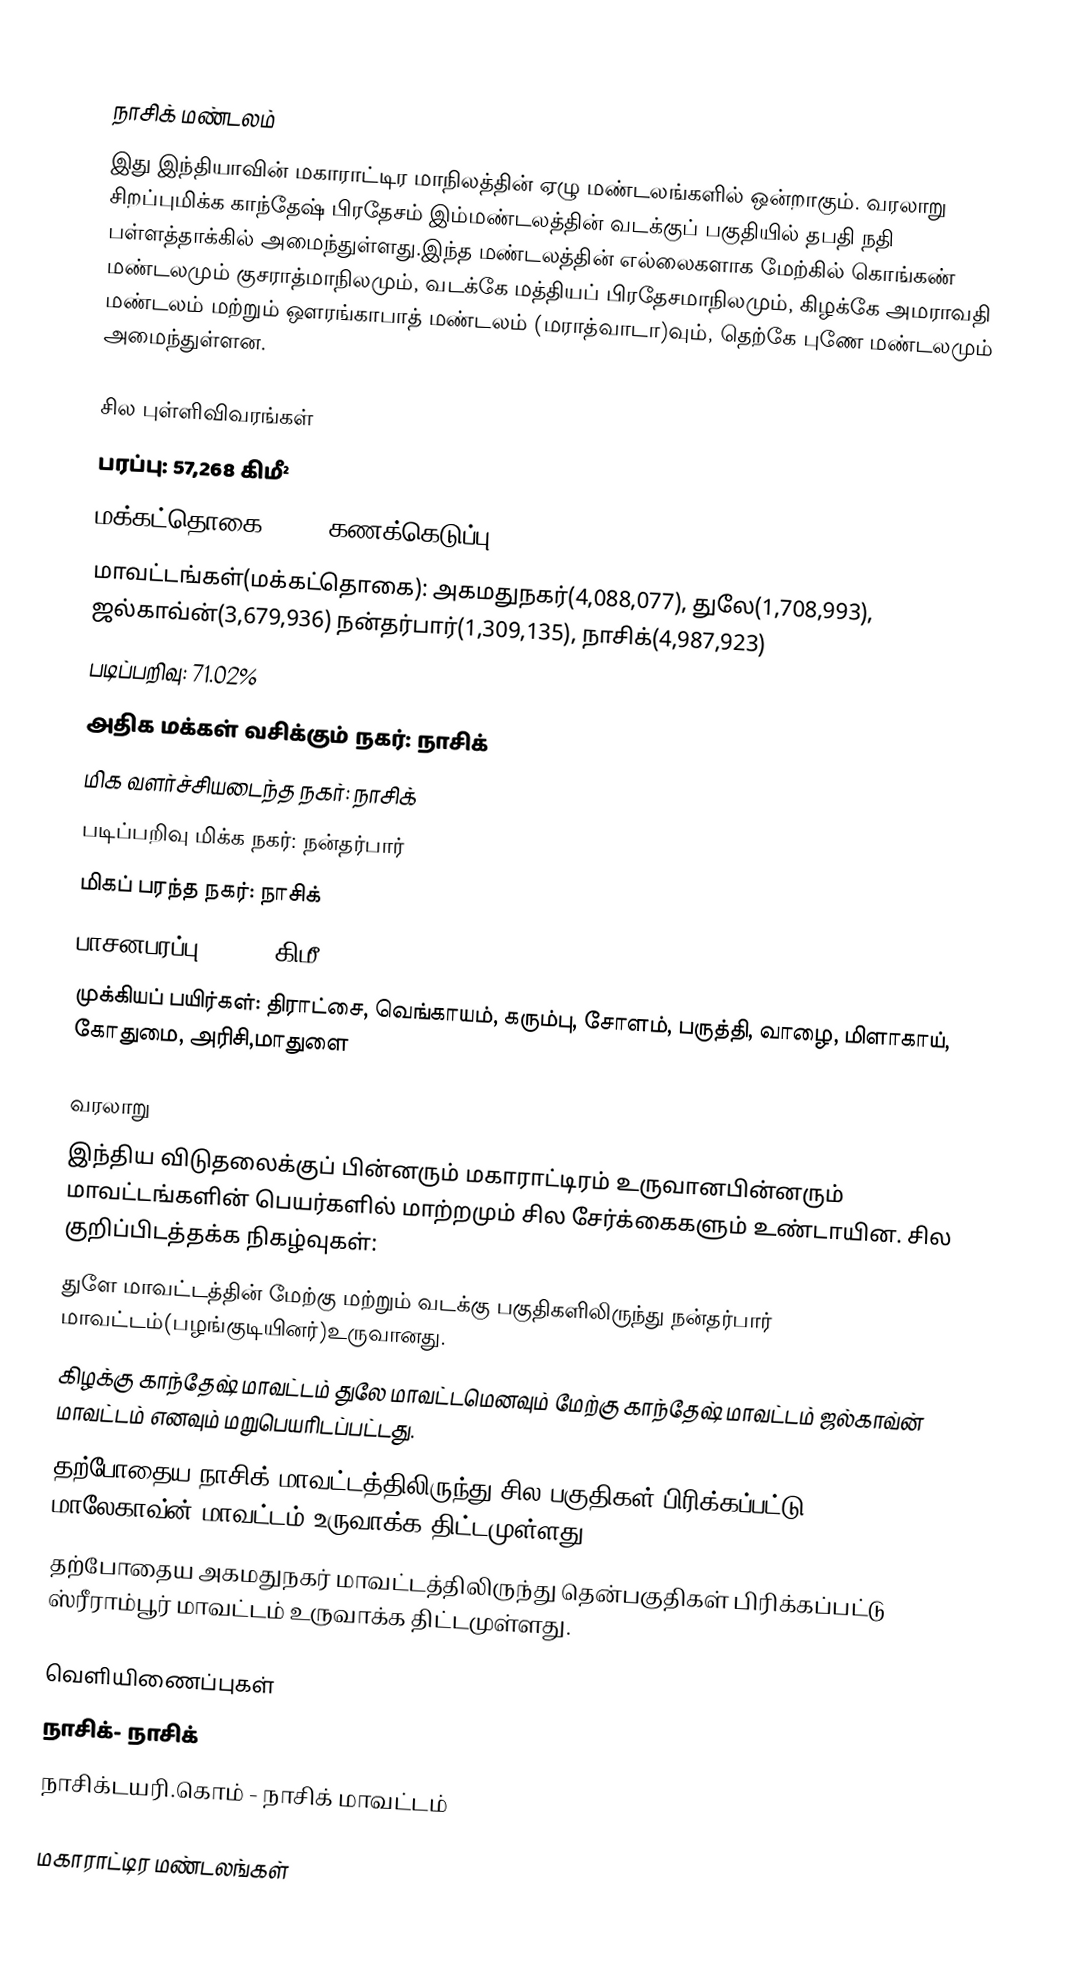

நாசிக் மண்டலம்
இது இந்தியாவின் மகாராட்டிர மாநிலத்தின் ஏழு மண்டலங்களில் ஒன்றாகும். வரலாறு சிறப்புமிக்க காந்தேஷ் பிரதேசம் இம்மண்டலத்தின் வடக்குப் பகுதியில் தபதி நதி பள்ளத்தாக்கில் அமைந்துள்ளது.இந்த மண்டலத்தின் எல்லைகளாக மேற்கில்  கொங்கண் மண்டலமும் குசராத்மாநிலமும், வடக்கே மத்தியப் பிரதேசமாநிலமும், கிழக்கே அமராவதி மண்டலம் மற்றும் ஔரங்காபாத் மண்டலம் (மராத்வாடா)வும், தெற்கே புணே மண்டலமும் அமைந்துள்ளன.

சில புள்ளிவிவரங்கள்
 பரப்பு: 57,268 கிமீ²
 மக்கட்தொகை (2001 கணக்கெடுப்பு):15,774,064
 மாவட்டங்கள்(மக்கட்தொகை): அகமதுநகர்(4,088,077), துலே(1,708,993), ஜல்காவ்ன்(3,679,936) நன்தர்பார்(1,309,135), நாசிக்(4,987,923)
 படிப்பறிவு: 71.02%
 அதிக மக்கள் வசிக்கும் நகர்: நாசிக்
 மிக வளர்ச்சியடைந்த நகர்: நாசிக்
 படிப்பறிவு மிக்க நகர்: நன்தர்பார்
 மிகப் பரந்த நகர்: நாசிக்
 பாசனபரப்பு: 8,060 கிமீ²
 முக்கியப் பயிர்கள்: திராட்சை, வெங்காயம், கரும்பு, சோளம்,  பருத்தி, வாழை, மிளாகாய், கோதுமை, அரிசி,மாதுளை

வரலாறு
இந்திய விடுதலைக்குப் பின்னரும் மகாராட்டிரம் உருவானபின்னரும் மாவட்டங்களின் பெயர்களில் மாற்றமும் சில சேர்க்கைகளும் உண்டாயின. சில குறிப்பிடத்தக்க நிகழ்வுகள்:
 துளே மாவட்டத்தின் மேற்கு மற்றும் வடக்கு பகுதிகளிலிருந்து நன்தர்பார் மாவட்டம்(பழங்குடியினர்)உருவானது.
 கிழக்கு காந்தேஷ் மாவட்டம் துலே மாவட்டமெனவும் மேற்கு காந்தேஷ் மாவட்டம் ஜல்காவ்ன் மாவட்டம் எனவும் மறுபெயரிடப்பட்டது.
 தற்போதைய நாசிக் மாவட்டத்திலிருந்து சில பகுதிகள் பிரிக்கப்பட்டு மாலேகாவ்ன் மாவட்டம் உருவாக்க திட்டமுள்ளது.
 தற்போதைய அகமதுநகர் மாவட்டத்திலிருந்து தென்பகுதிகள் பிரிக்கப்பட்டு ஸ்ரீராம்பூர் மாவட்டம் உருவாக்க திட்டமுள்ளது.

வெளியிணைப்புகள்
நாசிக்- நாசிக்
நாசிக்டயரி.கொம் - நாசிக் மாவட்டம்

மகாராட்டிர மண்டலங்கள்